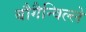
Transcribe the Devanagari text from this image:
बौगैन्विल्ले